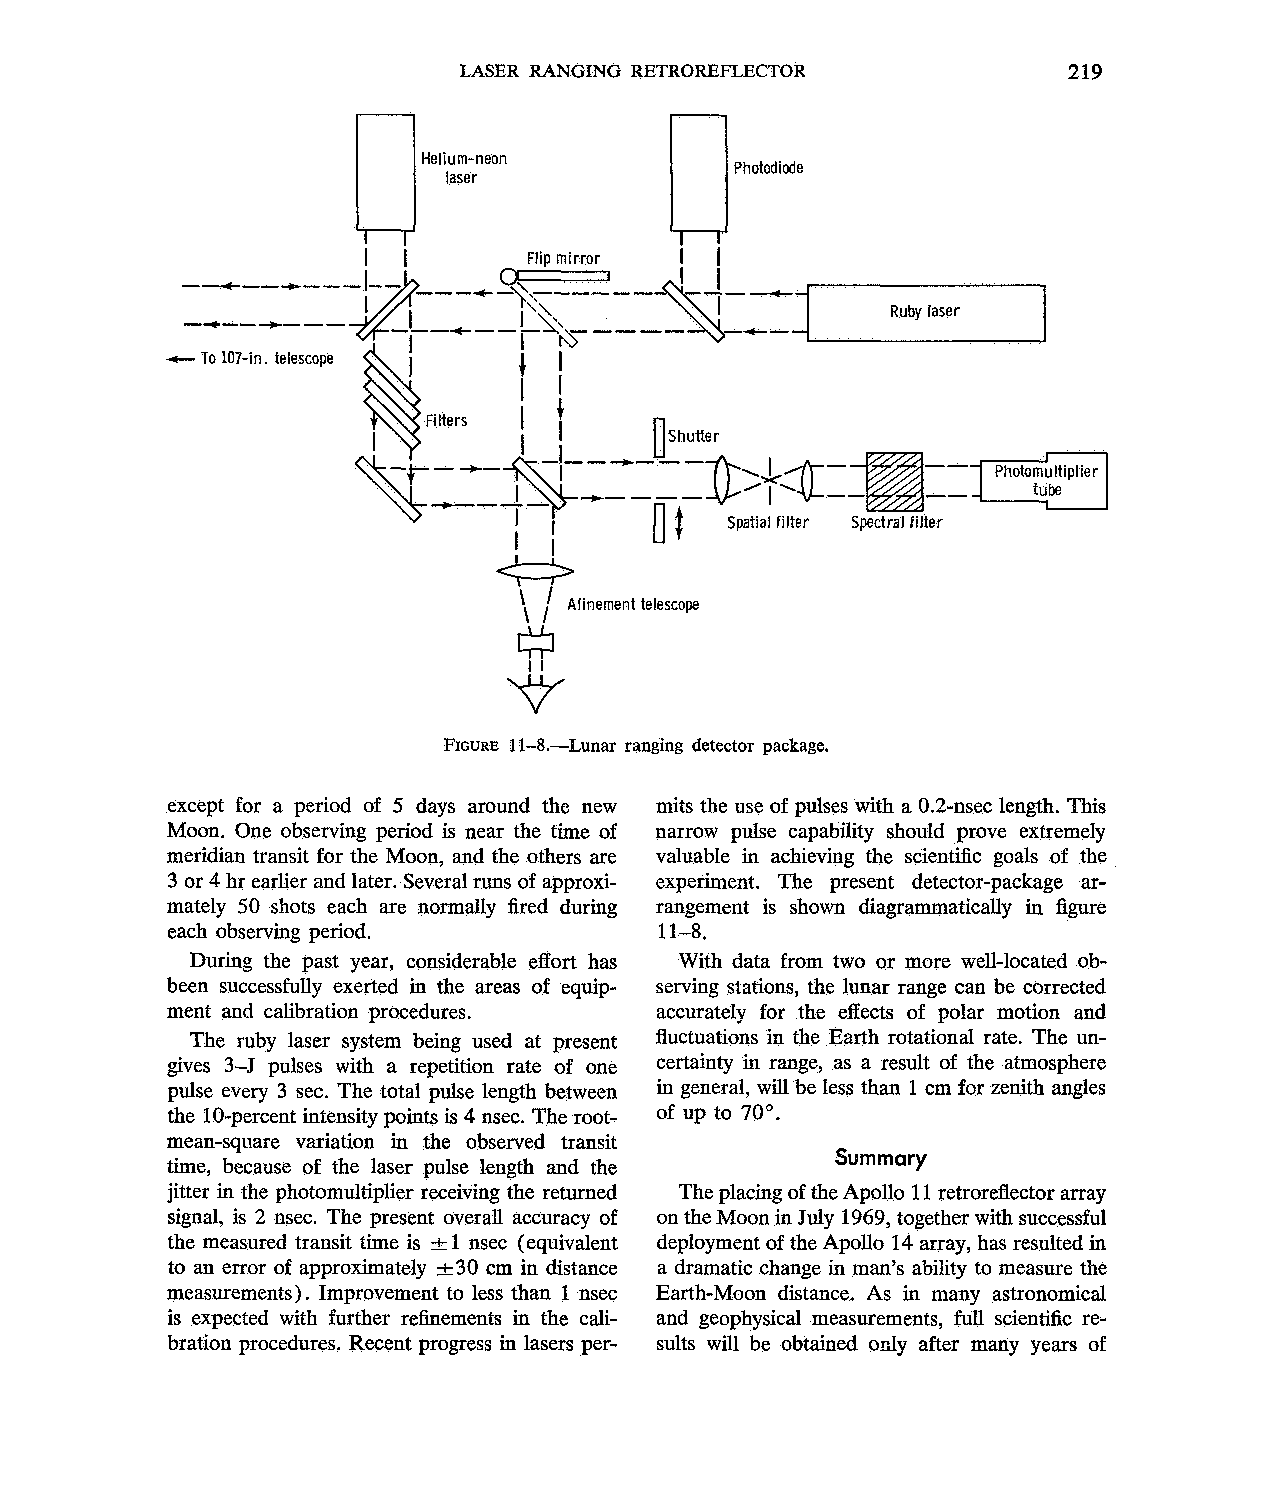
LASER RANGING RETROREFLECTOR             219
 G
 '
 8\  A linement telescope
 .ti-
 FIGUREl 1-8.-Lunar ranging detector package.
 except for a period of 5 days around the new mits the use of pulses with a 0.2-nsec length. This
 Moon. One observing period is near the time of narrow pulse capability should prove extremely
 meridian transit for the Moon, and the others are valuable in achieving the scientific goals of the
 3 or 4 hr earlier and later. Several runs of approxi- experiment. The present detector-package ar-
 mately 50 shots each are normally fired during rangement is shown diagrammatically in figure
 each observing period.           11-8.
 During the past year, considerable effort has With data from two or more well-located ob-
 been successfully exerted in the areas of equip- serving stations, the lunar range can be corrected
 ment and calibration procedures. accurately for the effects of polar motion and
 The ruby laser system being used at present fluctuations in the Earth rotational rate. The un-
 gives 3 4 pulses with a repetition rate of one certainty in range, as a result of the atmosphere
 pulse every 3 sec. The total pulse length between in general, will be less than 1 cm for zenith angles
 the 10-percent intensity points is 4 nsec. The root- of up to 70".
 mean-square variation in the observed transit
 Summary
 time, because of the laser pulse length and the
 jitter in the photomultiplier receiving the returned The placing of the Apollo 11 retroreflector array
 signal, is 2 nsec. The present overall accuracy of on the Moon in July 1969, together with successful
 the measured transit time is f 1 nsec (equivalent deployment of the Apollo 14 array, has resulted in
 to an error of approximately 230 cm in distance a dramatic change in man's ability to measure the
 measurements). Improvement to less than 1 nsec Earth-Moon distance. As in many astronomical
 is expected with further refinements in the cali- and geophysical measurements, full scientific re-
 bration procedures. Recent progress in lasers per- sults will be obtained ody after many years of